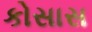
કોસાસ